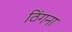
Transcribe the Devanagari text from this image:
ठिंगना